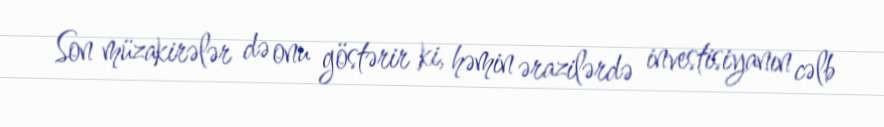
Son müzakirələr də onu göstərir ki, həmin ərazilərdə investisiyanın cəlb